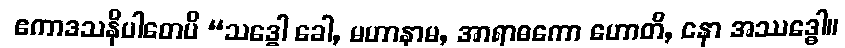
ဧကာဒသနိပါတေပိ “သဒ္ဓေါ ခေါ, မဟာနာမ, အာရာဓကော ဟောတိ, နော အဿဒ္ဓေါ။